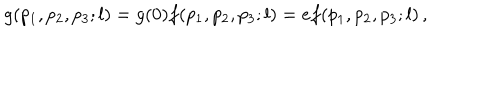
g ( p _ { 1 } , p _ { 2 } , p _ { 3 } ; l ) = g ( 0 ) f ( p _ { 1 } , p _ { 2 } , p _ { 3 } ; l ) = e f ( p _ { 1 } , p _ { 2 } , p _ { 3 } ; l ) \, ,